Medical and sanitary report of the native army of Madras for the year
Year: 1878
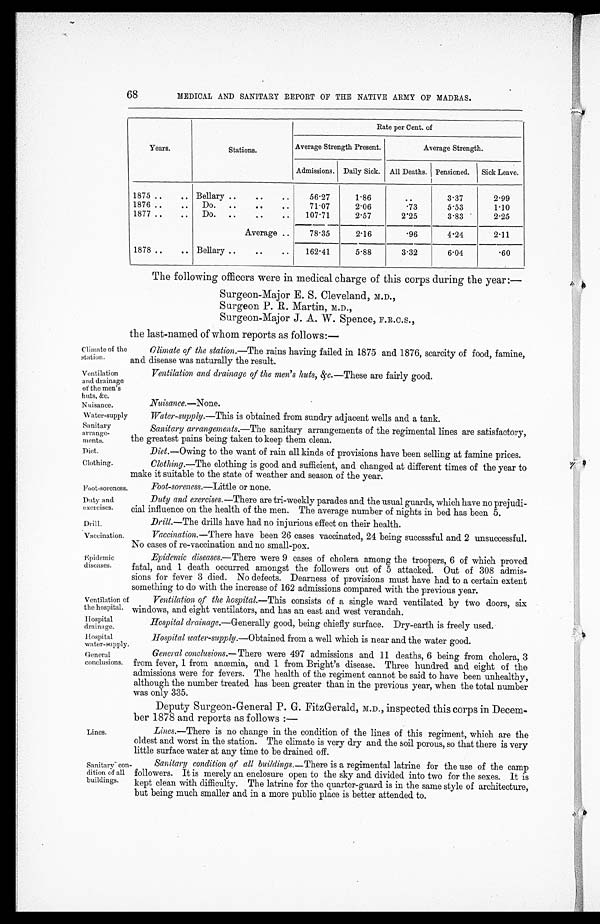
Climate of the
station.
Ventilation
and drainage
of the men's
huts, &c.
Nuisance.
Water-supply
Sanitary
arrange-
ments.
Diet.
Clothing.
Foot-soreness
Duty and
exorcises.
Drill.
Vaccination
Epi demi c di seases.
Ventilation of
the hospital.
Hospital
drainage.
hospital
water-supply
General
conclusions.
68
MEDICAL AND SANITARY REPORT OF THE NATIVE ARMY OF MADRAS.
Years.
Stations.
Rate per Cent. of
Average Strength Present.
Average Strength.
Admissions. Daily Sick. All Deaths. Pensioned. Sick Leave.
1875 ..
.. Bellary ..
..
..
56.27
1.86
..
3.37
2.99
1876 ..
.. Do. ..
..
..
71.07
2.06
.73
5.53
1.10
1877 ..
.. Do. ..
..
..
107.71
2.57
2.25
3.83
2.25
Average ..
78.35
2.16
.96
4.24
2.11
1878 ..
.. Bellary ..
..
..
162.41
5.88
3.32
6.04
.60
The following officers were in medical charge of this corps during the year:—
Surgeon-Major E. S. Cleveland, M.D.,
Surgeon P. R. Martin, M.D.,
Surgeon-Major J. A. W. Spence, F.R.C.S.,
Lines.
Sanitary c
o n d i t i o n o f a l l buildings.
the last-named of whom reports as follows:—
Climate of the station .—The rains having failed in 1875 and 1876, scarcity of food, famine,
and disease was naturally the result.
Ventilation. and drainage of the men's huts, &c .—These are fairly good.
Nuisance.—None.
Water-supply.—This is obtained from sundry adjacent wells and a tank.
Sanitary arrangements .—The sanitary arrangements of the regimental lines are satisfactory,
the greatest pains being taken to keep them clean.
Diet .—Owing to the want of rain all kinds of provisions have been selling at famine prices.
Clothing.—The clothing is good and sufficient, and changed at different times of the year to
make it suitable to the state of weather and season of the year.
Foot-soreness .—Little or none.
Duty and exercises . —There are tri-weekly parades and the usual guards, which have no prejudi-
cial influence on the health of the men. The average number of nights in bed has been 5.
Drill.—The drills have had no injurious effect on their health.
Vaccination.—There have been 26 cases vaccinated, 24 being succsssful and 2 unsuccessful.
No eases of re-vaccination and no small-pox.
Epidemic diseases .—There were 9 cases of cholera among the troopers, 6 of which proved
fatal, and 1 death occurred amongst the followers out of 5 attacked. Out of 308 admis-
sions for fever 3 died. No defects. Dearness of provisions must have had to a certain extent
something to do with the increase of 162 admissions compared with the previous year.
Ventilation of the hospital.—This consists of a single ward ventilated by two doors, six
windows, and eight ventilators, and has an east and west verandah.
Hospital drainage.—Generally good, being chiefly surface. Dry-earth is freely used.
Hospital water-supply .—Obtained from a well which is near and the water good.
General conclusions .—There were 497 admissions and 11 deaths, 6 being from cholera, 3
from fever, 1 from anemia, and 1 from Bright's disease. Three hundred and eight of the
admissions were for fevers. The health of the regiment cannot be said to have been unhealthy,
although the number treated has been greater than in the previous year, when the total number
was only 335.
Deputy Surgeon-General P. G. FitzGerald, M.D., inspected this corps in Decem-
ber 1878 and reports as follows :
—
Lines.—There is no change in the condition of the lines of this regiment, which are the
oldest and worst in the station. The climate is very dry and the soil porous, so that there is very
little surface water at any time to be drained off.
Sanitary condition of all buildings .—There is a regimental latrine for the use of the camp
followers. It is merely an enclosure open to the sky and divided into two for the sexes. It is
kept clean with difficulty. The latrine for the quarter-guard is in the same style of architecture,
but being much smaller and in a more public place is better attended to.